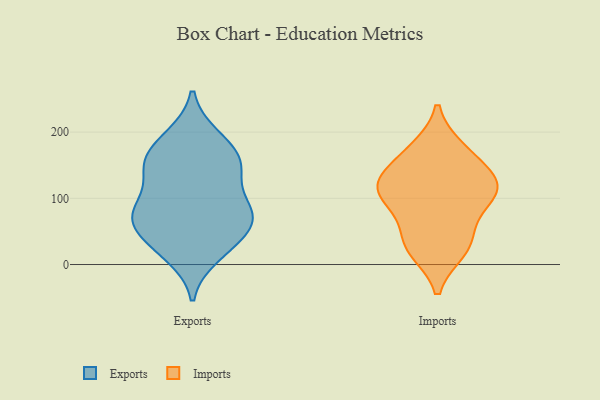
{"axis": {"x": "Churn Rate (%)", "y": "Value"}, "legend": ["Exports", "Imports"], "data": [{"x": "", "y": 13, "type": "Exports"}, {"x": "", "y": 154, "type": "Exports"}, {"x": "", "y": 76, "type": "Exports"}, {"x": "", "y": 154, "type": "Exports"}, {"x": "", "y": 95, "type": "Exports"}, {"x": "", "y": 193, "type": "Exports"}, {"x": "", "y": 146, "type": "Exports"}, {"x": "", "y": 79, "type": "Exports"}, {"x": "", "y": 194, "type": "Exports"}, {"x": "", "y": 43, "type": "Exports"}, {"x": "", "y": 165, "type": "Exports"}, {"x": "", "y": 68, "type": "Exports"}, {"x": "", "y": 35, "type": "Exports"}, {"x": "", "y": 78, "type": "Exports"}, {"x": "", "y": 20, "type": "Exports"}, {"x": "", "y": 61, "type": "Exports"}, {"x": "", "y": 151, "type": "Exports"}, {"x": "", "y": 78, "type": "Exports"}, {"x": "", "y": 125, "type": "Exports"}, {"x": "", "y": 106, "type": "Imports"}, {"x": "", "y": 34, "type": "Imports"}, {"x": "", "y": 104, "type": "Imports"}, {"x": "", "y": 138, "type": "Imports"}, {"x": "", "y": 116, "type": "Imports"}, {"x": "", "y": 169, "type": "Imports"}, {"x": "", "y": 28, "type": "Imports"}, {"x": "", "y": 72, "type": "Imports"}, {"x": "", "y": 174, "type": "Imports"}, {"x": "", "y": 22, "type": "Imports"}, {"x": "", "y": 114, "type": "Imports"}, {"x": "", "y": 126, "type": "Imports"}]}